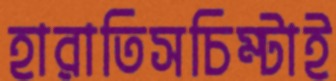
হারাতিসচিম্‌টাই